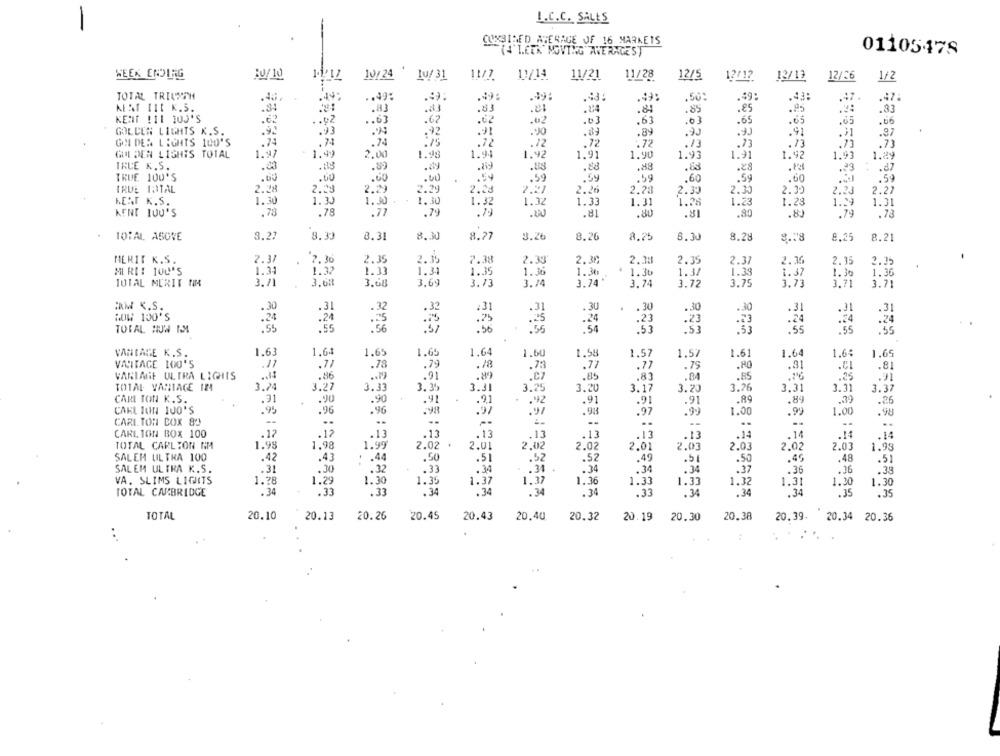
I.C.C. SALES
COMBINED AVERAGE OF 16 MARKETS
(+" LEER MOVING AVERAGEST
01105478
WEEK ENDLAG
BU/10
1.1,17
10/24 10/ 31
11/7
11/14
11/21
11/28
12/5
12/19
12/26
12/12
1/2
TOTAL TRIVSTH
.40.
** 49:
.* 9:
.* 9:
.43:
.50:
49:
.47.
.47:
.34
MEAT IIL K.S.
.83
37
.33
.24
.84
.85
.85
.25
.33
KENT !11 100'S
1.02
.67
.02
.02
.03
.63
.03
.65
.65
.65
.06
GOLDEN LIGHTS K.S.
.92
.93
.92
."JO
.89
.91
.97
GON DER LIGHTS 100'S
.74
.74
.74
.75
.72
.72
.72
.72
.13
.73
.73
.73
GOLDEN LIGHTS TOTAL
1.97
1.99
2.00
1.98
1.94
1.92
1.91
1.90
1.93
1.91
1.92
1.93
1.8
IRLE K.S.
.89
.88
.88
.65
.28
.la
.87
.88
TRUE 100'S
.00
.54
.59
.59
.59
.60
.59
.60
.59
TRUE TOTAL
2.28
2.29
2.29
2.29
2.20
2.21
2.26
2.28
2.30
2.30
2.39
2.27
2.23
KERT K.S.
1.30
1.30
1.30
1.30
1.32
1.32
1.33
1.31
1.28
1.23
1.28
1.31
.78
.78
KENT LUU'S
.79
.00
.81
.80
.81
.80
.80
.79
.78
TOTAL ASOVE
3.27
8.30
8.31
8.30
8.27
3.26
8.26
8.25
8.30
8.28
9.8
8.25
8.21
MERIT K.S.
2.37
12.30
2.35
2.3.
7.38
2.33
2.30
2.38
2.35
2.37
2.36
2.35
2.95
1.31
1.32
1.33
1.34
1.35
1.36
1.30
1.30
1.37
1.39
1.30
1.36
1.37
TOTAL MERIT NM
3.71
3.68
3.68
3.69
3.73
3.74
3.74
3.74
3.72
3.75
3.73
3.71
3.71
ARM K.S.
.30
.31
.32
.32
231
.31
.30
.
. 30
.30
.30
.31
HOW 100'S
.24
.24
.31
.24
.25
.23
.23
.24
:24
TOTAL HUN MM
:56
.55
:53
.53
.55
.55
VANTAGE K.S.
1.63
1.64
1.65
1.65
1.64
1.60
1.58
1,57
1.57
1.61
1.64
1.64
1.65
VANTAGE 100'S
.71
.78
.78
.81
.11
.79
.73
.77
.77
.79
.PO
.31
VARIARE ULTRA LIGHTS
.86
.91
.89
.Cz
.85
.83
.84
.85
.25
.91
TOTAL VARIACE IN
3.24
3.27
3.33
3.35
3.31
3.25
3.20
3.17
3.20
3.76
3,31
3.31
3.37
CAMI TON K.S.
.91
.90
.90
.91
.91
.92
.91
.91
.89
.89
.. 79
.26
.96
.91
CARL ION 100'S
.95
. 96
.99
.97
.97
.98
.97
.99
1.00
.99
1.00
.98
CARL TOR COX 83
..
..
CARLTON BOX 100
.12
.17
.13
.13
.13
.13
.13
.13
.13
.14
.14
TOTAL CARLTON NA
1.98
1,98
1.99
2.02 +
2.0
2.02
2.02
2.01
2.01
2.03
2.02
2.03
1.93
SALEM ULTRA 100
.42
.43
. . 44
.50
.51
.52
.52
.49
.51
.50
.49
.48
.51
SALEM ULTRA K.S.
.31
.30
.32
.33
. 34
.31
.34
. 34
.34
.37
.36
.36
.33
VA. SLIMS LIGHTS
1.28
1.29
1.30
1.35
1.37
1.37
1.36
1.33
1.33
1.32
1.31
1.30
1.30
TOTAL CARBRIDGE
.34
.33
.33
.34
.34
.34
.34
.35
.34
. 34
.33
.34
.35
TOTAL
20.10
20.13
20.26
20.45
20.43
20,40
20.32
20.19
20.30
20.38
20.39.
20.34 20.36
.. "